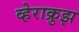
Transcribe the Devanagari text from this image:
व्हेराक्रुझ